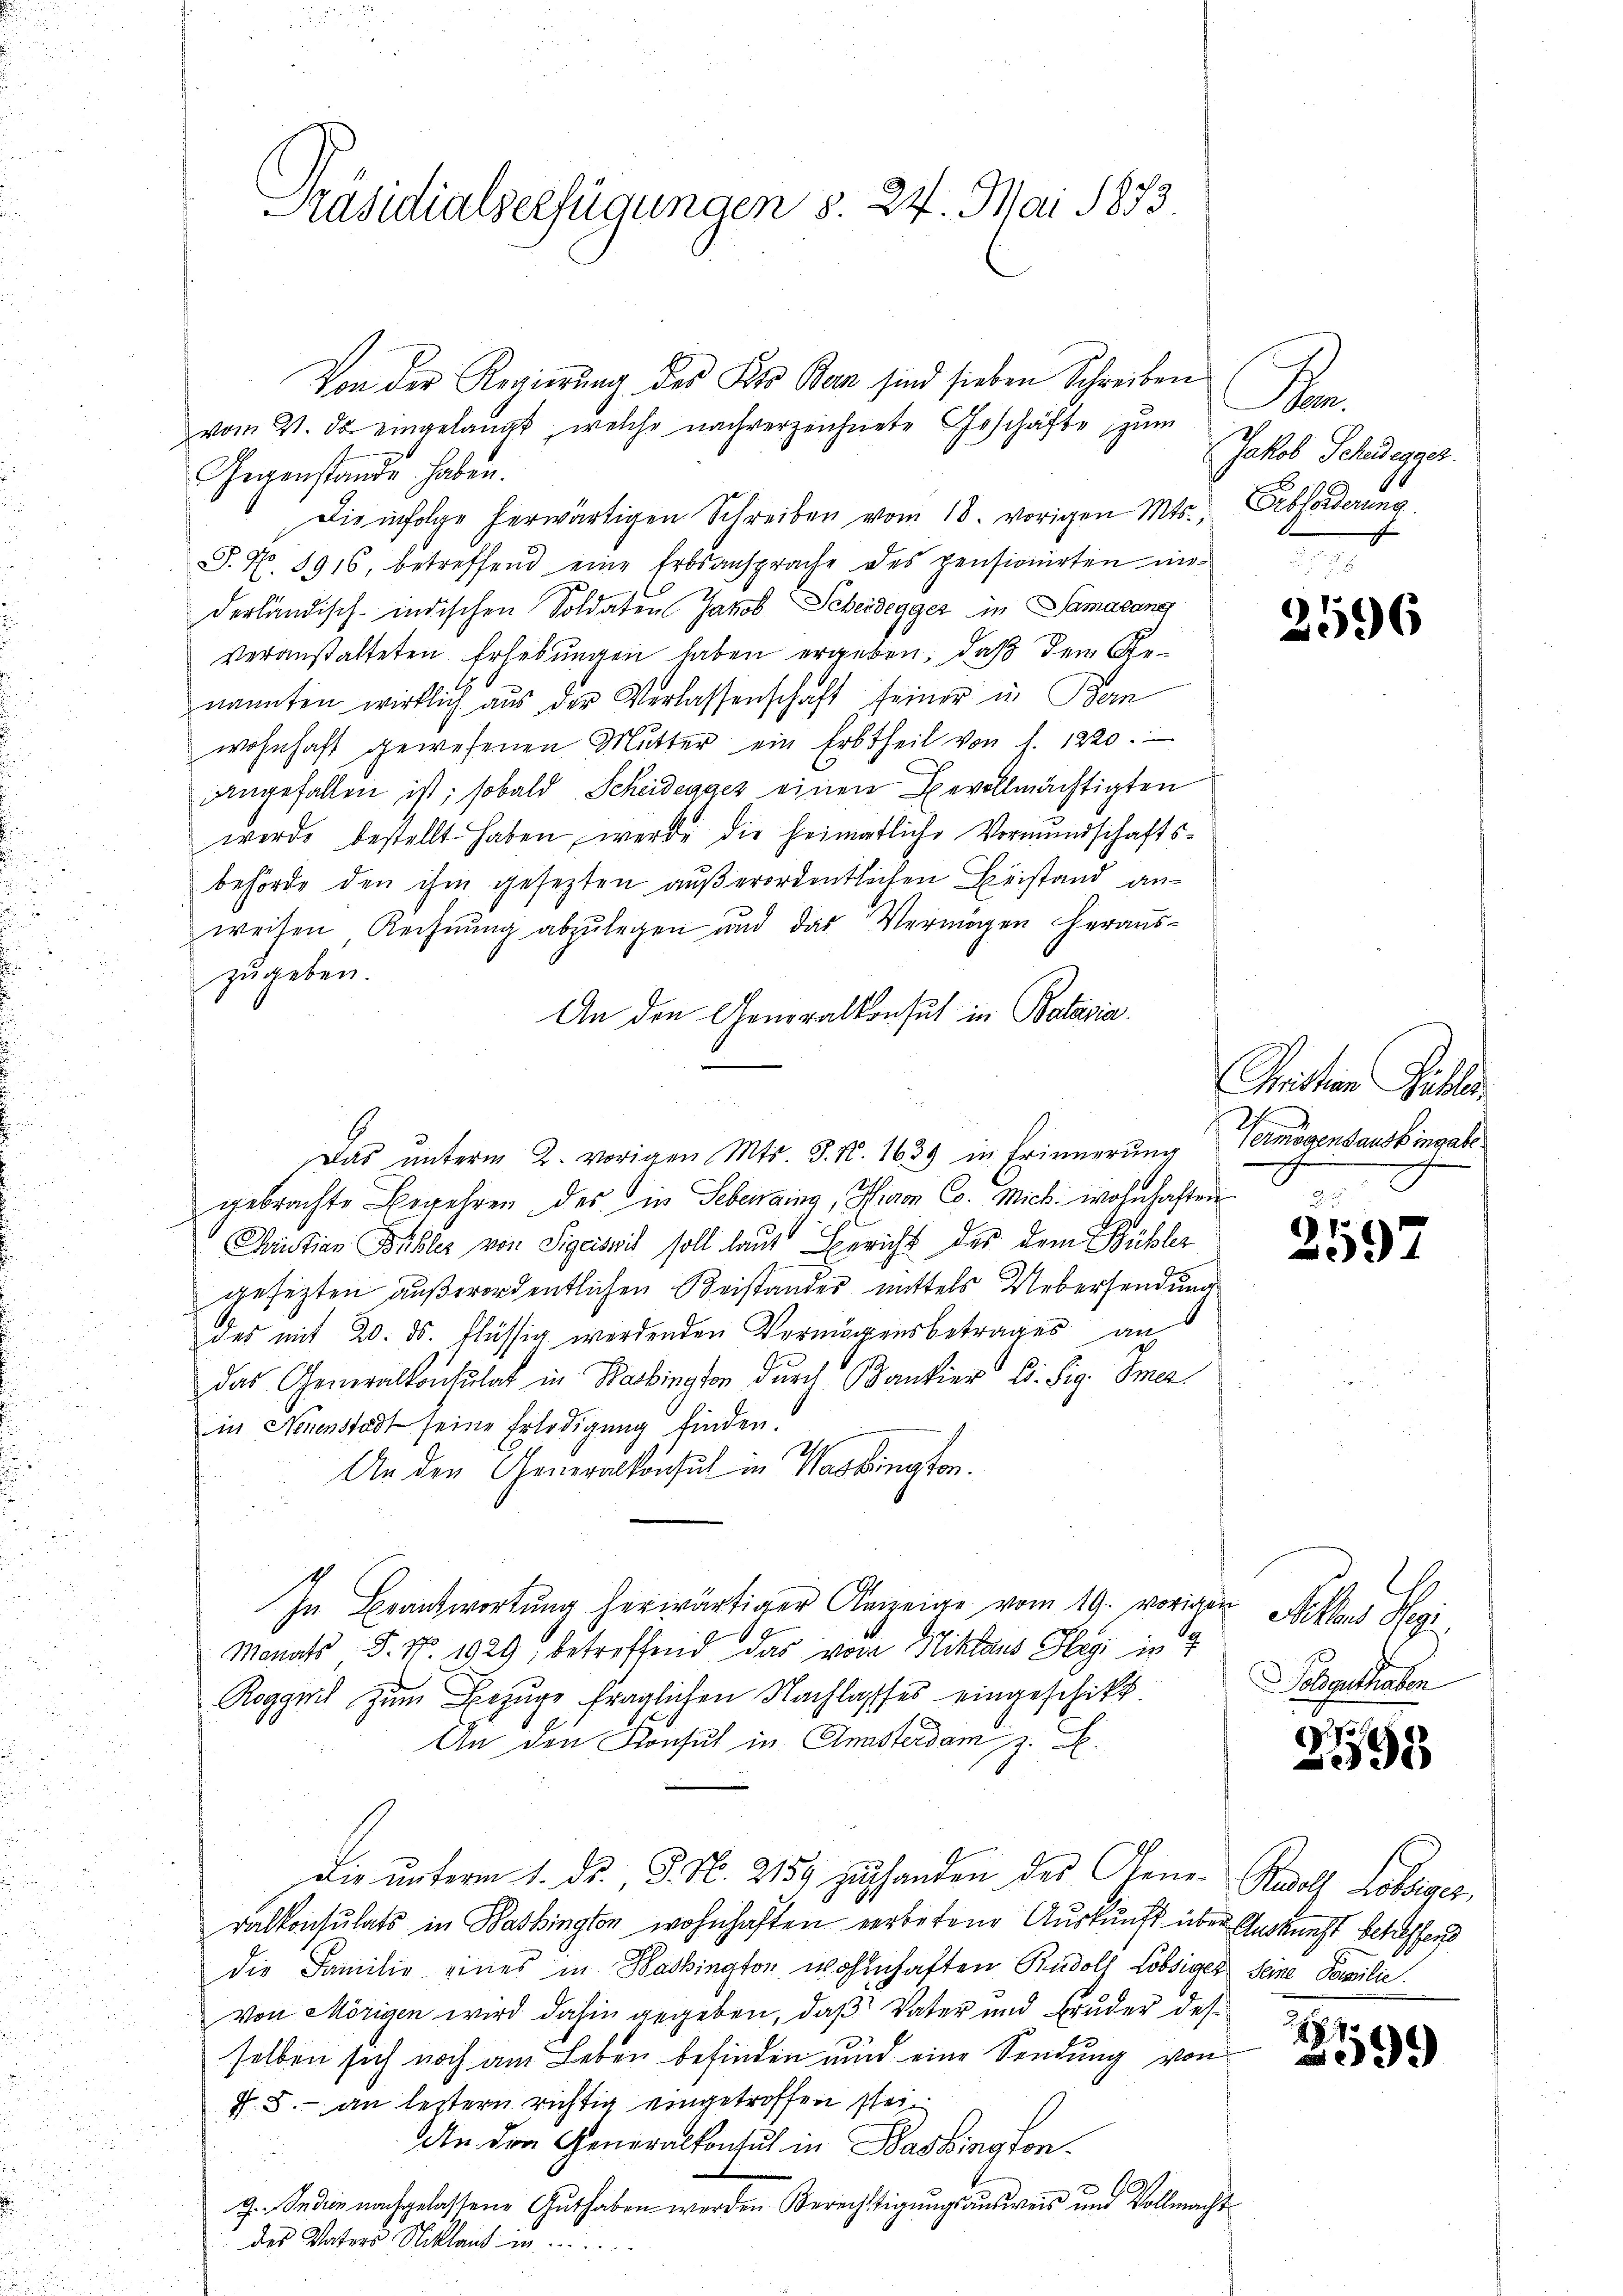
Präsidialserfügungen S. 24. Mai 1873.

Von der Regierung des Kts. Bern sind sieben Schreiben
vom 21. ds. eingelangt, welche nachverzeichnete Geschäfte zum
Gegenstande haben.
Die infolge herwärtigen Schreiben vom 18. vorigen Mts.,
S. No. 1916, betreffend eine Erbsansprache des pensionirten niederländisch-indischen Soldaten Jakob Scheidegger in Samarang
veranstalteten Erhebungen haben ergeben, daß dem Genannten wirklich aus der Verlassenschaft seiner in Bern
wohnhaft gewesenen Mutter ein Erbtheil von 1. 1220.
angefallen ist; sobald Scheidegger einen Bevollmächtigten
werde bestellt haben, werde die heimatliche Vormundschafts-
behörde den ihm gesezten außerordentlichen Beistand anweisen Rechnung abzulegen und das Vermögen herauszugeben.
An den Generalkonsul in Batavia
gebrachte Ergehren des in Lebenging, Hiron C. Mich. wohnhaften
Caution Bühler von Sigriswil soll laut Bericht des dem Bühler
gesezten außerordentlichen Beistandes mittels Uebersendung
des mit 20. ds. Flüssig werdenden Vermögensbetrages an
das Generalkonsulat in Kabington durch Bankier Ed. Sig. Omer
in Neuenstadt seine Erledigung finden.
An den Generalkonsul in Washington.
In Beantwortung herwärtiger Anzeige vom 19. vorigen Aktens Hegi
Monats P. Nr. 1929 betreffend das rode Niklaus Hegi in 4
Roggwil zum Bezuge fraglichen Nachlasses eingeschikt.
An den Konsul in Ansterdam, z. B.
die unterm 1. d. J. N. 2159 zuhanden des Gener Rudolf Lobriger,
ralkonsulats in Bashington wohnhaften verbotene Auskunft über Gedanecht betreffend
die Familie eines in Backington wohnhaften Rudolf Lobsiger Seine Familie.
von Mörigen wird dahin gegeben, daß Vater und Bruder des
selben sich noch am Leben befinden und eine Sendung von
§. 5.- an letztern richtig eingetroffen sei.
An den Generalkonsul in Bashington.
J. Indien nachgelassene Guthaben werden Berechtigungsausweis und Vollmacht
des Vaters. Nikland in .......

Das ŭnterm 2. vorigen Mts. 3. No. 1639 in Erinnerŭng

F
Jakob Schedegger.
Erbforderung.

2596

Christian Piller
Vermögensaushingabe.

2597

Soldguthaben

298

2
99